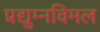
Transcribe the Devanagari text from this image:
प्रद्युम्नविमल